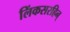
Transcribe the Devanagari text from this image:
लिंकसरहिन्